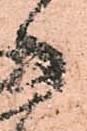
御